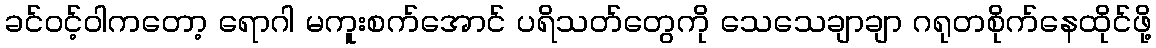
ခင်ဝင့်ဝါကတော့ ရောဂါ မကူးစက်အောင် ပရိသတ်တွေကို သေသေချာချာ ဂရုတစိုက်နေထိုင်ဖို့